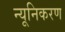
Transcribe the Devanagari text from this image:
न्यूनिकरण